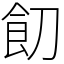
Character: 䬢